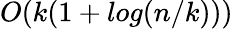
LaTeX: O(k(1+log(n/k)))